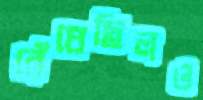
রেঁধেছিলও